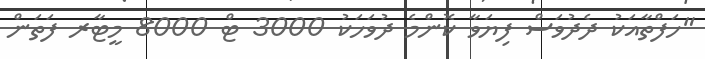
"ހަފްތާއަކު ދެދުވަސް ފިޔަވާ ކޮންމެ ދުވަހަކު 3000 ޓް 8000 މީޓާރ ފަތަން